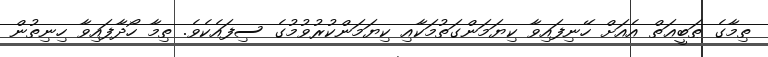
ތިމާގެ ޠަބީޢަތް އެއަށް ހޭނިފައިވާ ކިޔަމަންގަތުމަކާއި ކިޔަމަންކުރުވުމުގެ ސިފައެކެވެ. ތިމާ ހޯދާފައިވާ ހިނިތުން